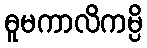
ဓူမကာလိကမ္ပိ